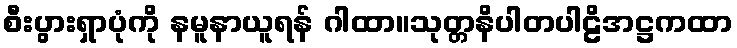
စီးပွားရှာပုံကို နမူနာယူရန် ဂါထာ။သုတ္တနိပါတပါဠိအဋ္ဌကထာ